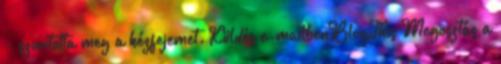
- szorította meg a kézfejemet. Küldés e-mailbenBlogThis Megosztás a